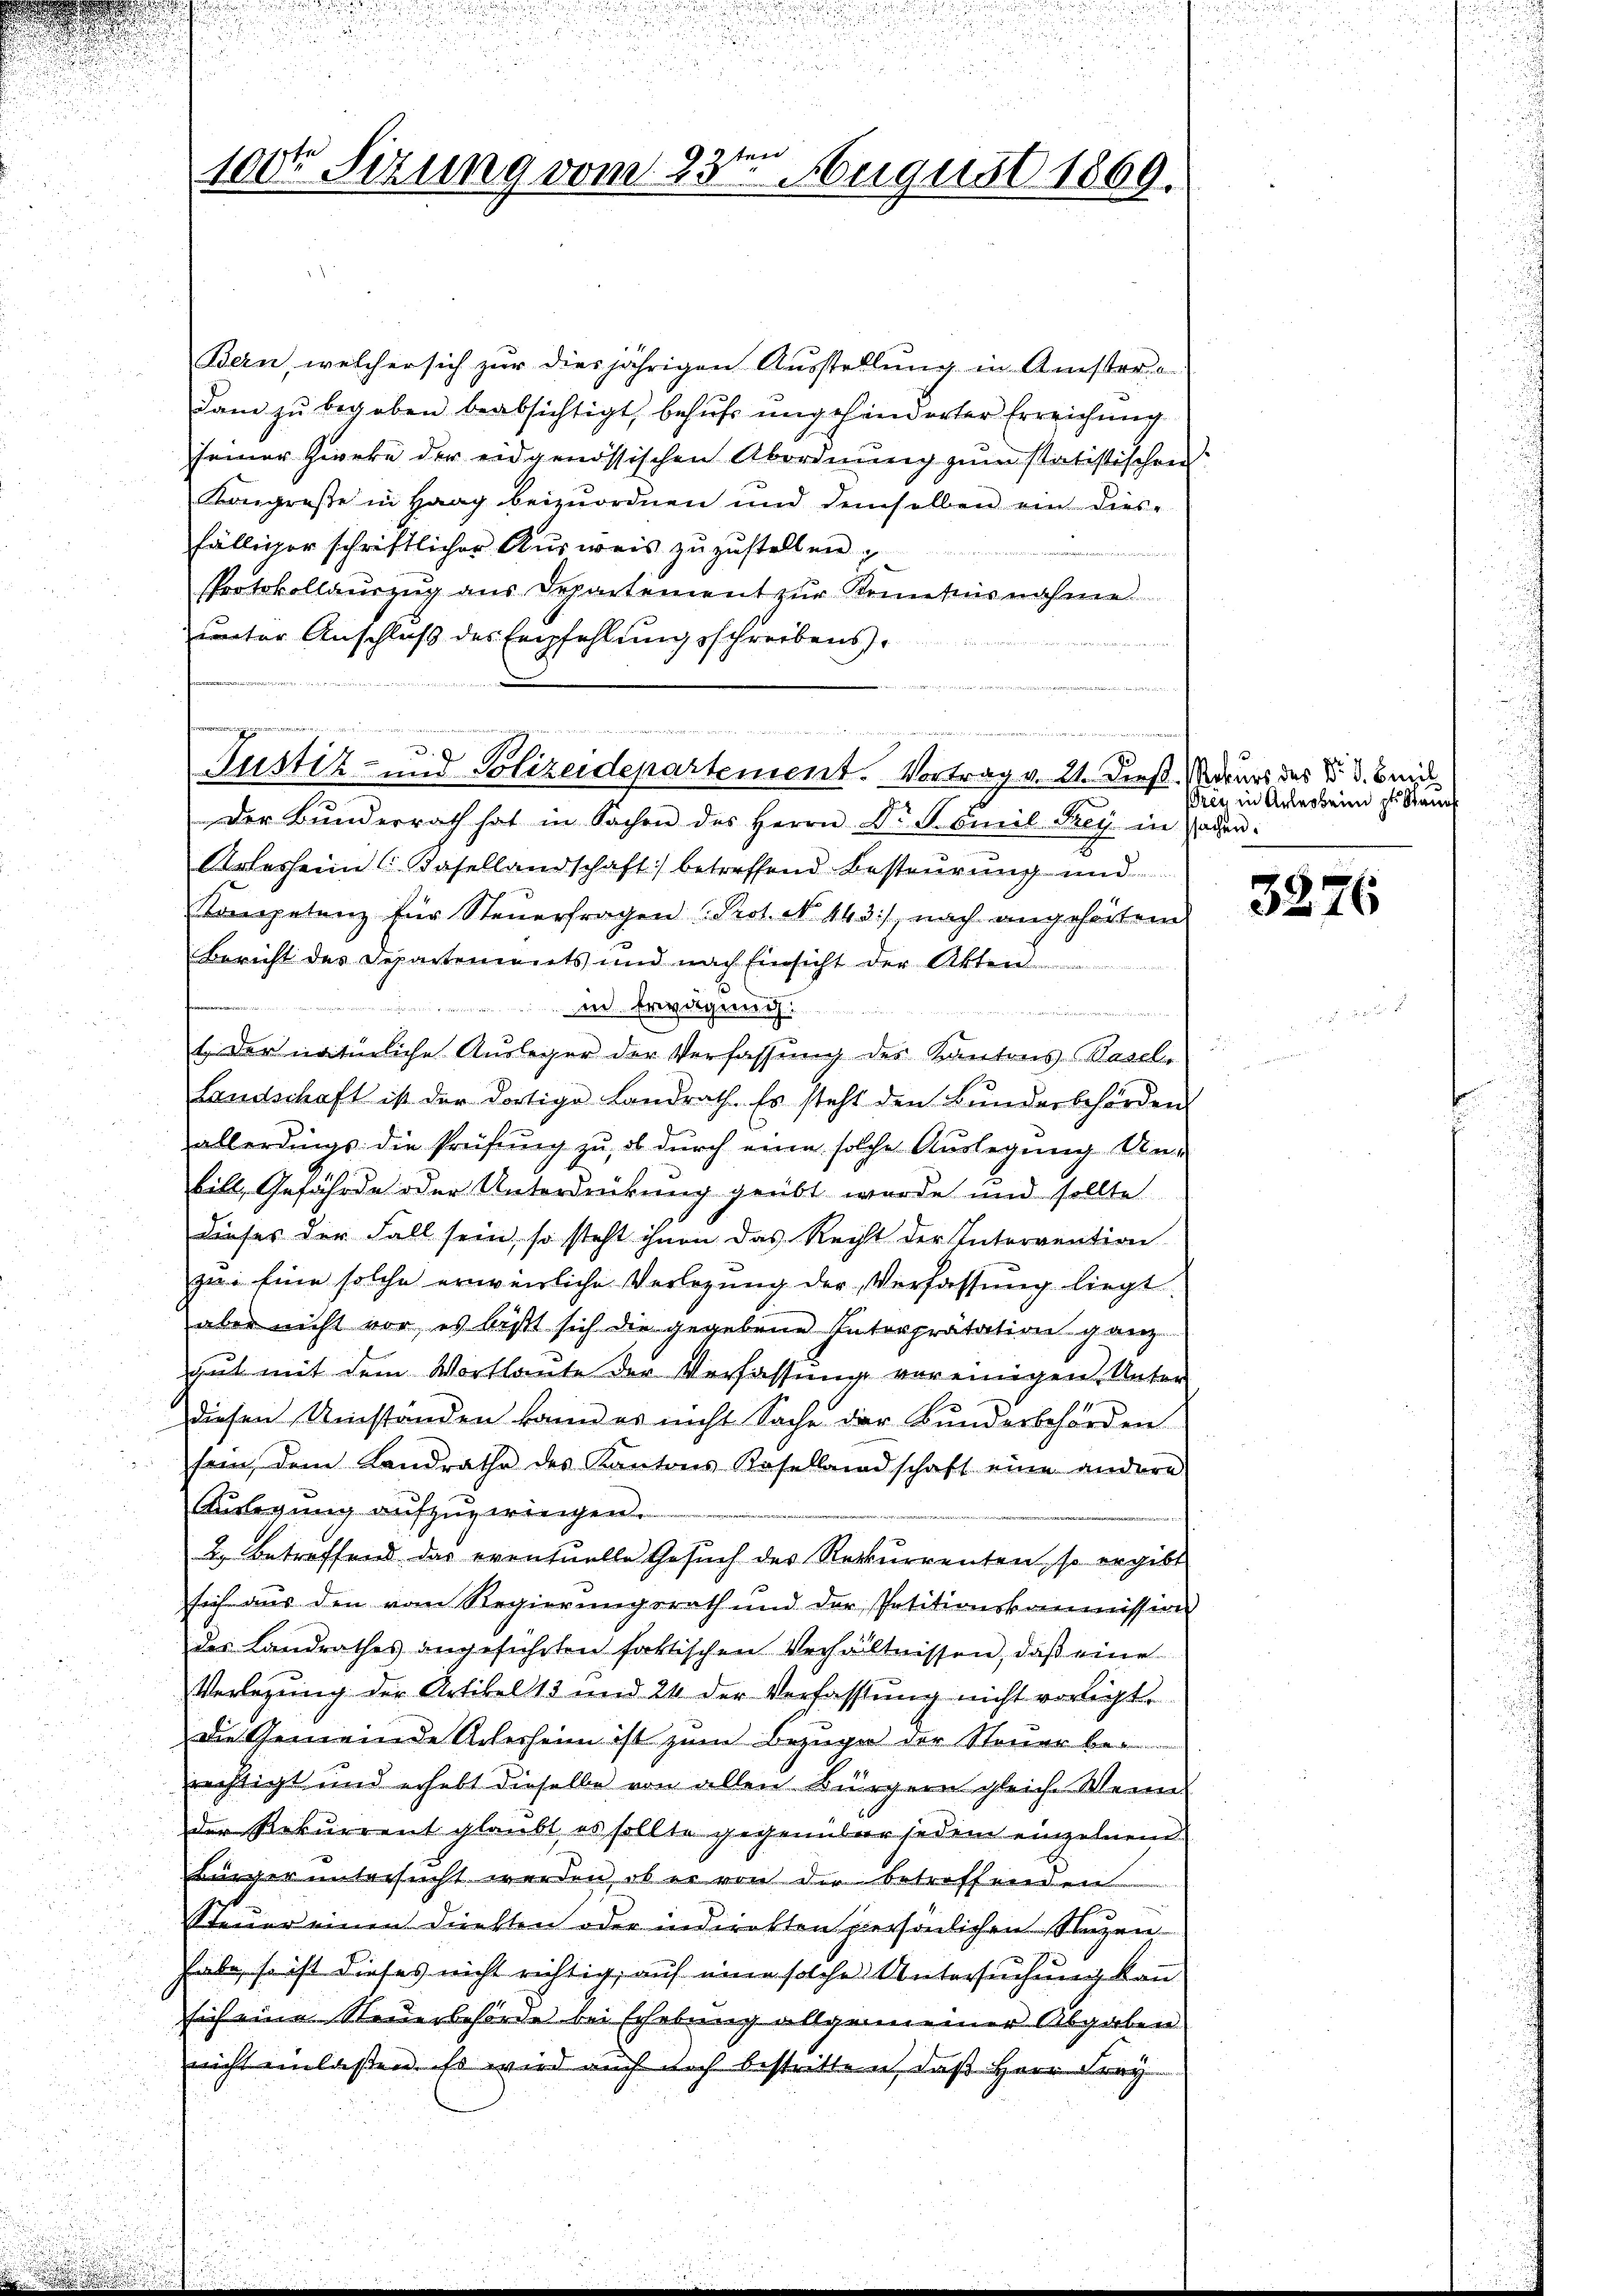
100te Sitzung vom 23. August 1869.

Bern, welcher sich zur diesjährigen Ausstellung in Anstor-
Dam zu begeben beabsichtigt, behufs ungehänderter Erreichung
seiner Zirke der eidgenössischen Abordnung zum statistischen
Kongresse in Haag beizuordnen und demselben ein dies-
fälliger schriftlicher Ausweis zuzustellen,
Protokollauszug aus Departement zur Kenntnisnahme
unter Anschluß des Empfehlungsschreibens.
der Bunderrath hat in Sachen des Herrn Dr Komil Frey in Faden.
Arlesheim (Basellandschaft) betreffend Besteurung und
Kompetenz für Steuerfragen Prot. N. 443), nach angehörten
Bericht des Departements und nach Einsicht der Akten
 Eg
in
1. Der natürliche Ausleger der Verfassung der Kantons Basel
Landschaft ist der dortige Landrath. Es steht den Bŭndesbehörden.
allerdings die Prüfung zu, ob durch eine solche Auslegung Unbill, Gefährde oder Unterdrückung geübt wurde und sollte
dieses der Fall sein, so steht ihnen das Recht der Interrention
zu. Eine solche erweisliche Verlegŭng der Verfassŭng liegt.
aber nicht vor, es läßt sich die gegebene Interprätation ganz
gut mit dem Wortlaute der Verfassung vereinigen Unter
diesen Umständen kann es nicht Sache der Bundesbehörden
sein, dem Landrathe des Kantons Basellandschaft eine andere
Auslegung aufzuzwingen.
2. Betreffend das eventuelle Gesuch des Rekurrenten, so ergibt
sich aus den vom Regierungsrath und der Petitionskommission
des Landrathes angeführten faktischen Verhältnissen, daß eine
Verlegung der Artikel 13 und 24 der Verfassung nicht vorligt.
die Gemeinde Acherheim ist zum Bezuge der Steuer bei
rechtigt und erhebt dieselbe von allen Bürgern gleiche Wein
der Rekurrent glaubt es sollte gegenüber jedem einzelnen
Bürger untersucht werden, ob er von der betroffenden
Steuer einen Direkten oder indirekten persönlichen Stutzen
habe, so ist dieses nicht richtig, auf eine solche Untersuchung kann
sich eine Steuerbehörde bei Erhebung allgemeiner Abgaben
nicht einlassen. Es wird auch doch bestritten, daß Herr Frey

n

u
Justiz- und Polizeidepartement. Vortrag v. 21. Dieß. Naturs des §. 3. Beid

Prey in Arleobeim zu Saue

3276